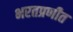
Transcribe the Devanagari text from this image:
भरतप्रणीत